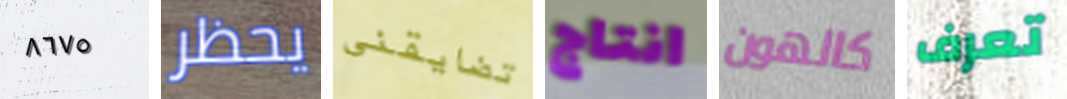
٨٦٧٥ يحظر تضايقني انتاج كالهون تعرف